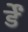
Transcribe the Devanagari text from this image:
र्डें